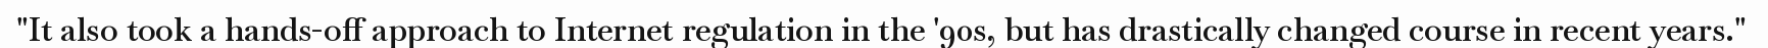
"It also took a hands-off approach to Internet regulation in the '90s, but has drastically changed course in recent years."